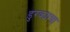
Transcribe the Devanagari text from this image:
डुरक्याचा